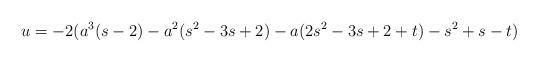
LaTeX: \begin{align*}u=-2(a^3(s-2)-a^2(s^2-3s+2)-a(2s^2-3s+2+t)-s^2+s-t)\end{align*}